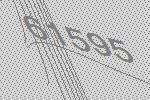
61595